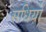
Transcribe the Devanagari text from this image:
सधियों